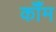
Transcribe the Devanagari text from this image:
कॉँम